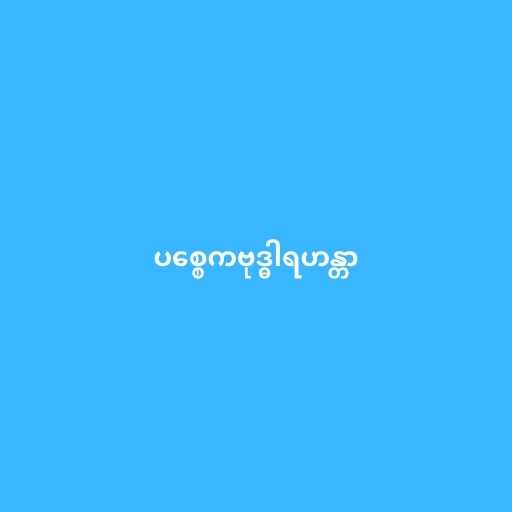
ပစ္စေကဗုဒ္ဓါရဟန္တာ